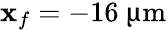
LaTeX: \mathbf{x}_{f}=-16~{\upmu\mathrm{{m}}}